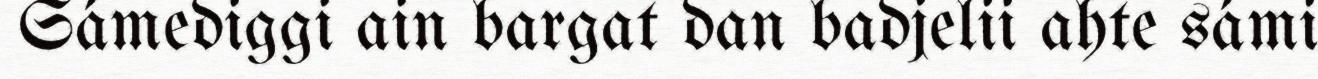
Sámediggi ain bargat dan badjelii ahte sámi